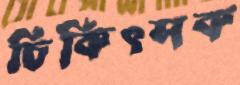
চিকিৎসক